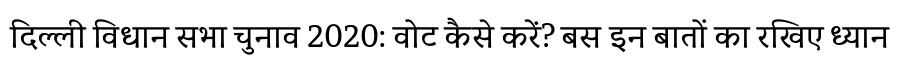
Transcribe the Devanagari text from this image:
दिल्ली विधान सभा चुनाव 2020: वोट कैसे करें? बस इन बातों का रखिए ध्यान